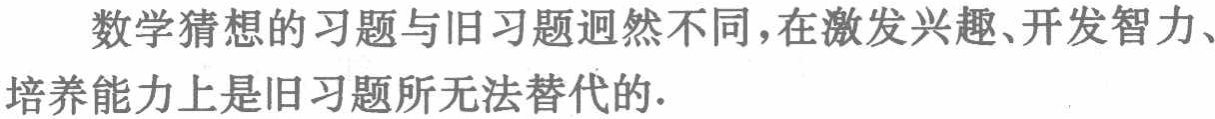
数学猜想的习题与旧习题迥然不同，在激发兴趣、开发智力、培养能力上是旧习题所无法替代的.